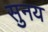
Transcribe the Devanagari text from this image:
सुनय